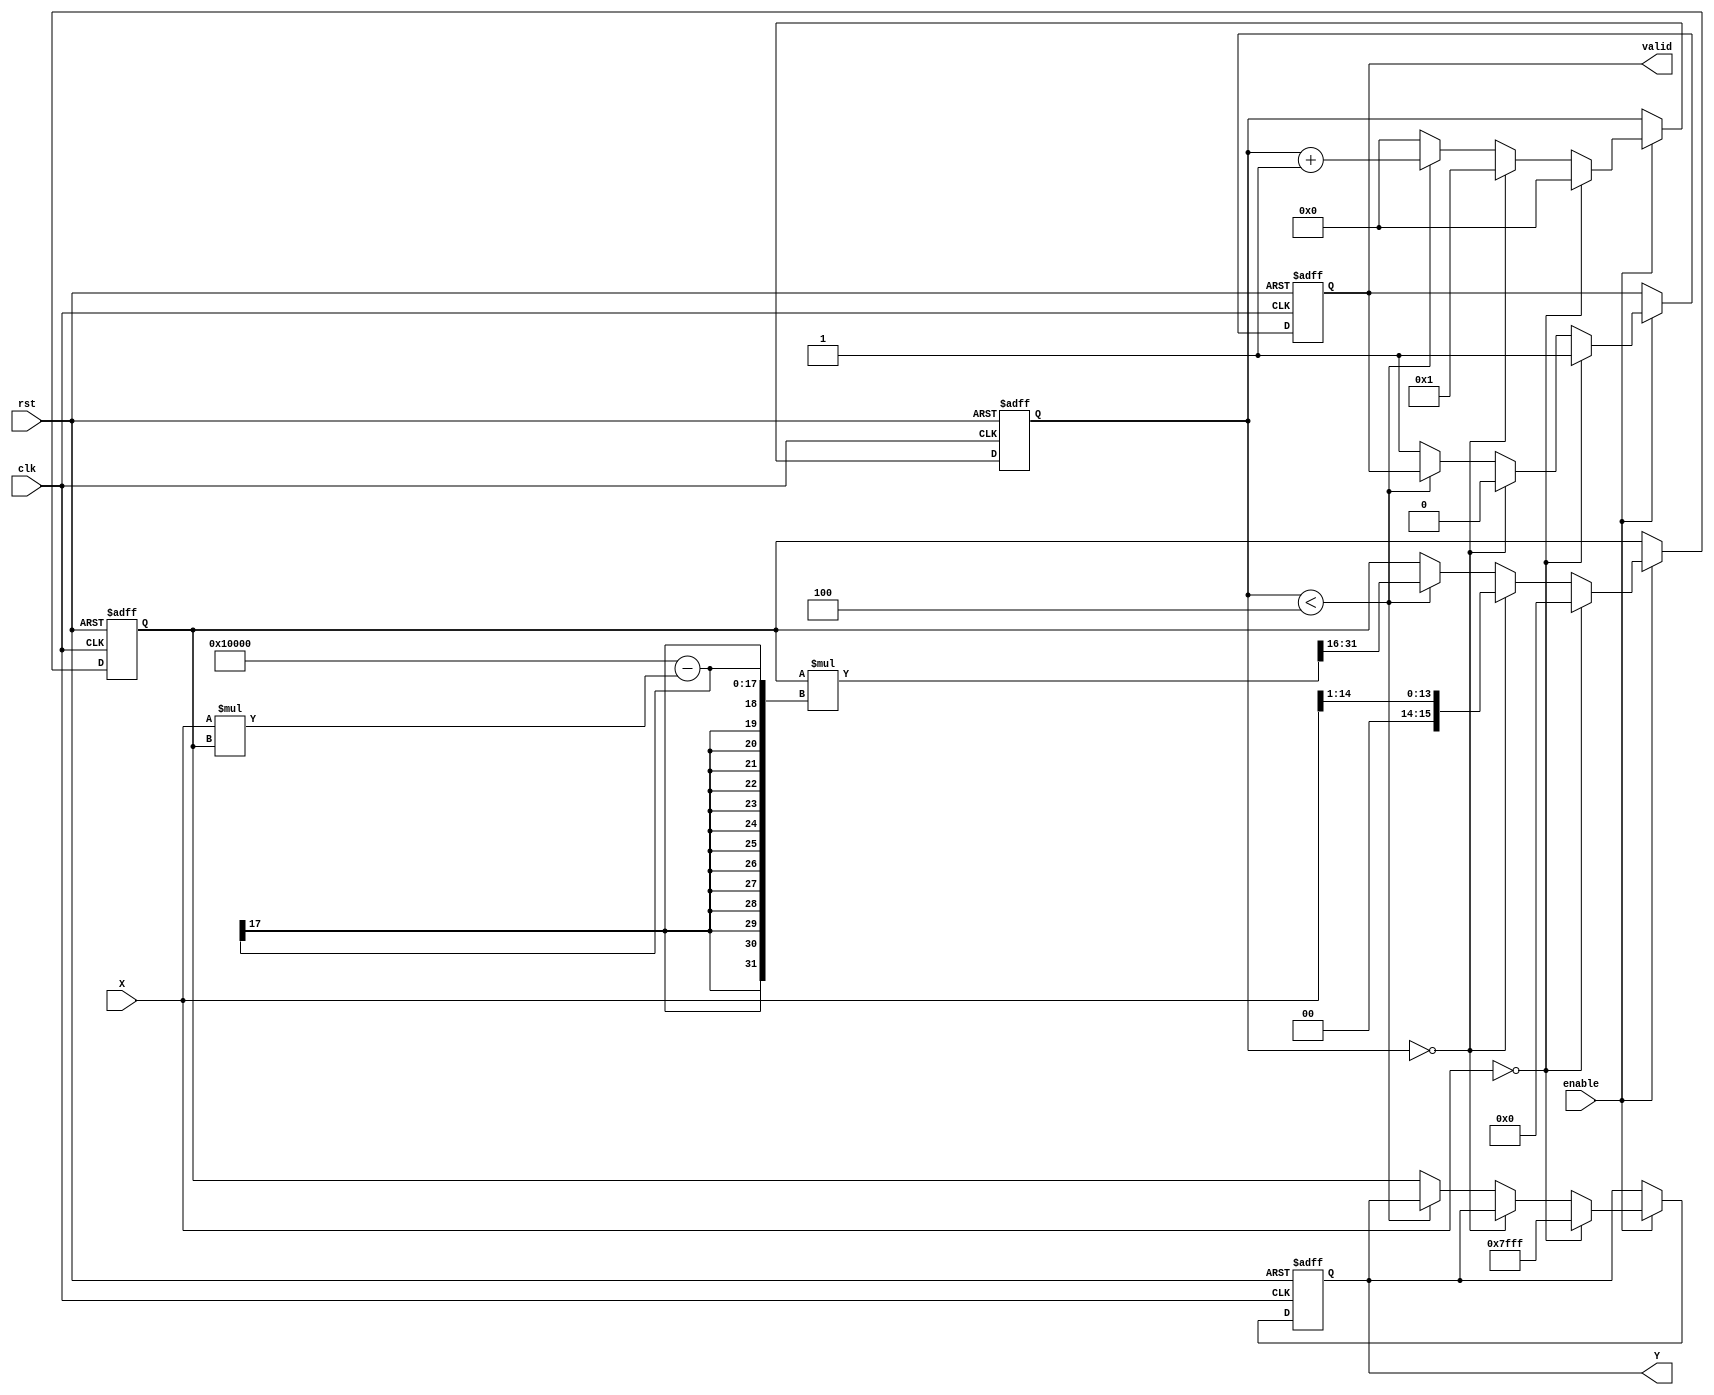
module binary_fractional_reciprocal #(
    parameter N = 16 // Width of the input and output
)(
    input  wire [N-1:0] X, // Input data (binary fractional number)
    input  wire clk,        // Clock signal
    input  wire rst,        // Reset signal
    input  wire enable,     // Enable signal
    output reg  [N-1:0] Y,  // Output data (reciprocal of X)
    output reg valid        // Output valid signal
);

    // Internal signals
    reg [N-1:0] approx; // Approximation of the reciprocal
    reg [N-1:0] temp;   // Temporary variable for calculations
    reg [3:0] count;    // Iteration counter

    // Constants
    localparam MAX_VALUE = {1'b0, {N-1{1'b1}}}; // Maximum value for N bits

    // State machine for computing the reciprocal
    always @(posedge clk or posedge rst) begin
        if (rst) begin
            Y <= 0;
            valid <= 0;
            approx <= 0;
            count <= 0;
        end else if (enable) begin
            if (X == 0) begin
                Y <= MAX_VALUE; // Handle division by zero
                valid <= 1;
                approx <= 0;
                count <= 0;
            end else if (count == 0) begin
                approx <= {1'b0, X[N-2:1]}; // Initial approximation: 1 / X
                count <= 1; // Start iterations
                valid <= 0;
            end else if (count < 4) begin
                // Newton-Raphson iteration: approx = approx * (2 - X * approx)
                temp = X * approx;
                approx <= approx * (2**N - temp) >> N; // Scale to maintain fixed-point
                count <= count + 1;
            end else begin
                Y <= approx; // Final result
                valid <= 1;  // Output is valid
                count <= 0;  // Reset counter for next operation
            end
        end
    end
endmodule